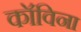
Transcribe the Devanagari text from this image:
कॉविना